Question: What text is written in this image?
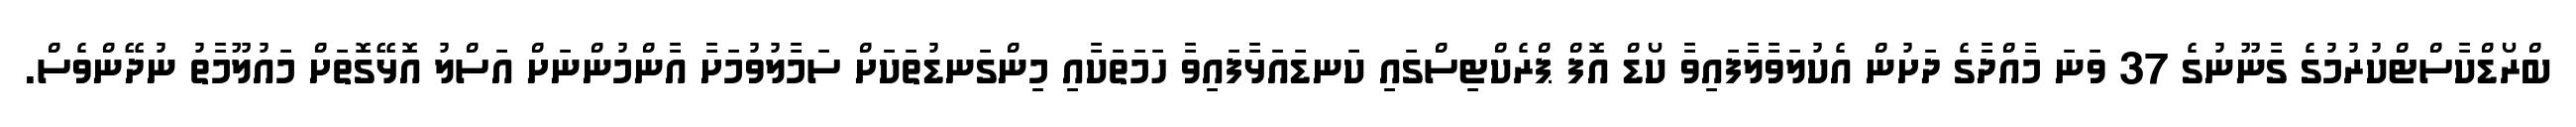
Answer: ބްރޯޑްކާސްޓްކުރުމުގެ ގާނޫނުގެ 37 ވަނަ މާއްދާގެ ދަށުން އެކުލަވާލާފައިވާ ކޯޑް އޮފް ޕްރެކްޓިސްގައި ކަނޑައަޅާފައިވާ ހަމަތަކާއި މިންގަނޑުތަކަށް ސަމާލުވުމަށާ އާންމުންނަށް އަސްލު އޮޅޭގޮތަށް މައުލޫމާތު ނުދޭންވެސް.